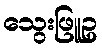
သွေးဖြူဥ